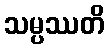
သမ္ပဿတိ